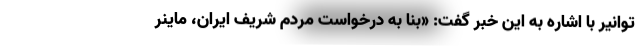
توانیر با اشاره به این خبر گفت: «بنا به درخواست مردم شریف ایران، ماینر